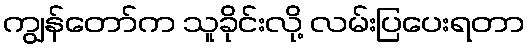
ကျွန်တော်က သူခိုင်းလို့ လမ်းပြပေးရတာ